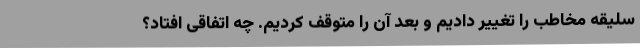
سلیقه مخاطب را تغییر دادیم و بعد آن را متوقف کردیم. چه اتفاقی افتاد؟